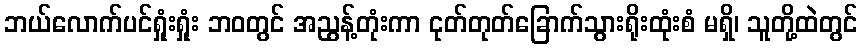
ဘယ်လောက်ပင်ရှုံးရှုံး ဘဝတွင် အညွန့်တုံးကာ ငုတ်တုတ်ခြောက်သွားရိုးထုံးစံ မရှိ၊ သူတို့ထဲတွင်